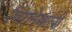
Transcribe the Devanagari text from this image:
गिरानेवाली